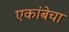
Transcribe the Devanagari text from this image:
एकांबेचा